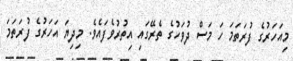
މިއަހަރުގެ ފުރަތަމަ ހަ މަސް ދުވަހުގެ ތެރޭގައި އިތުރުވެފައެވެ. މިދިޔަ އަހަރުގެ ފުރަތަމަ